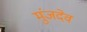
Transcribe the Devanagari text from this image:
मुंजदेव